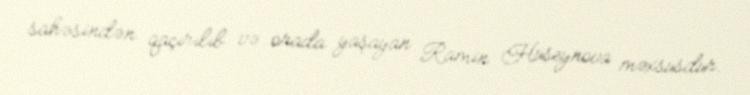
sahəsindən qaçırılıb və orada yaşayan Ramin Hüseynova məxsusdur.